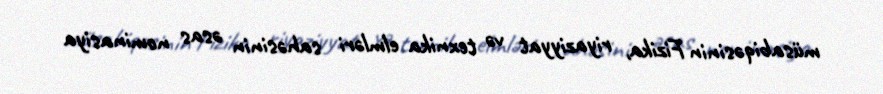
müsabiqəsinin Fizika, riyaziyyat və texnika elmləri sahəsinin əsas nominasiya